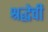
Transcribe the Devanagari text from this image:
श्रद्धेची